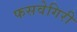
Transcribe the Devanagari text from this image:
फसवेगिरी